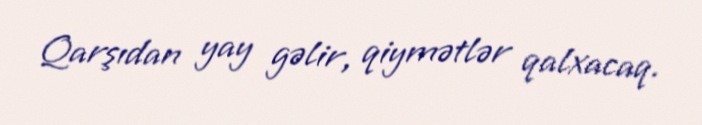
Qarşıdan yay gəlir, qiymətlər qalxacaq.